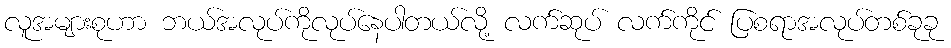
လူအများစုဟာ ဘယ်အလုပ်ကိုလုပ်နေပါတယ်လို့ လက်ဆုပ် လက်ကိုင် ပြစရာအလုပ်တစ်ခုခု